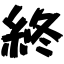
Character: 終